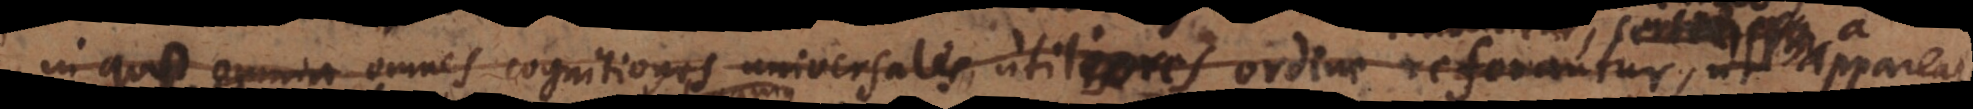
in quo omnia omnes cognitiones universalis utilis, utiliores ordine referantur, tr